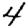
Digit: 4